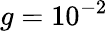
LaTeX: g=10^{-2}